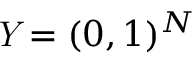
\mathit { Y } = ( 0 , 1 ) ^ { N }